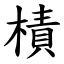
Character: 樍